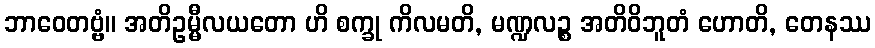
ဘာဝေတဗ္ဗံ။ အတိဥမ္မီလယတော ဟိ စက္ခု ကိလမတိ, မဏ္ဍလဉ္စ အတိဝိဘူတံ ဟောတိ, တေနဿ